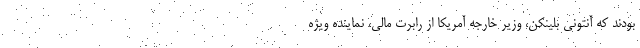
بودند که آنتونی بلینکن، وزیر خارجه آمریکا از رابرت مالی، نماینده ویژه